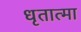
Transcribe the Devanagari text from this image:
धृतात्मा